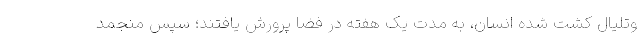
وتلیال کشت شده انسان، به مدت یک هفته در فضا پرورش یافتند؛ سپس منجمد